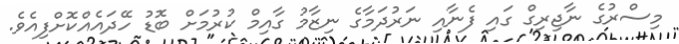
މިސްރުގެ ނާޖިރިގް ގައި ފެނާއި ނަރުދަމާގެ ނިޒާމު ގާއިމް ކުރުމަށް ބޮޑު ހޭދައެއްކޮށްފިއެވެ.